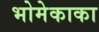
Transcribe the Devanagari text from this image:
भोमेकाका